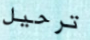
ترحيل